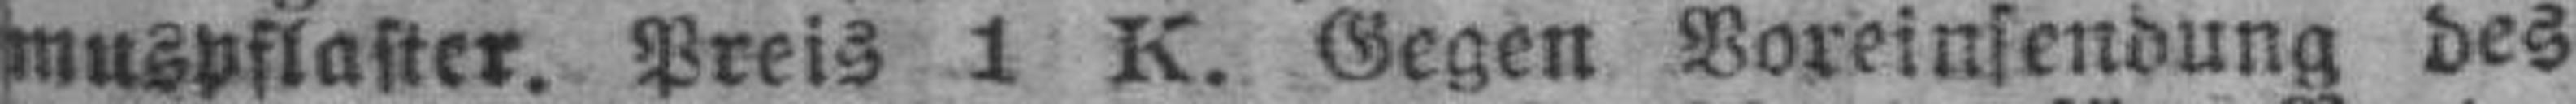
muspflaster. Preis 1 K. Gegen Voreinsendung des